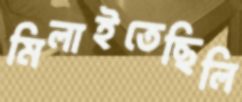
মিলাইতেছিলি